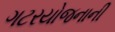
ગટરયોજનાની